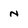
Character: N